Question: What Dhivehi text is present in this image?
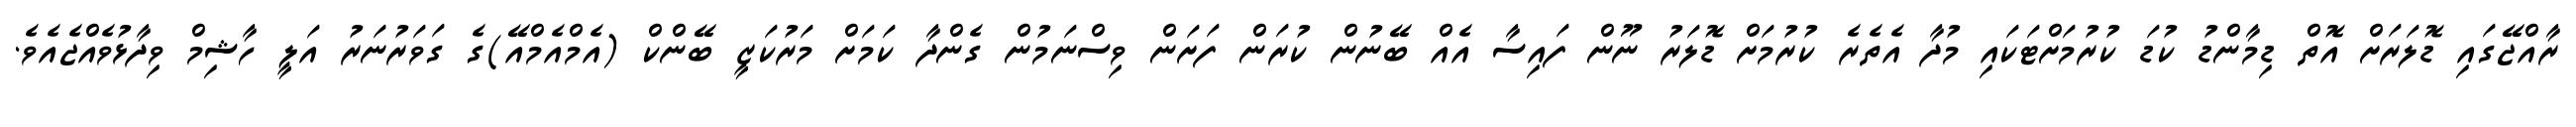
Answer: ރާއްޖޭގައި ޑޮލަރަށް އޮތް ޑިމާންޑު ކުޑަ ކުރުމަށްޓަކައި މުދާ އެތެރެ ކުރުމަށް ޑޮލަރު ނޫން ފައިސާ އެއް ބޭނުން ކުރަން ފަށަން ވިސްނަމުން ގެންދާ ކަމަށް މަރުކަޒީ ބޭންކް (އެމްއެމްއޭ)ގެ ގަވަރުނަރު އަލީ ހާޝިމް ވިދާޅުވެއްޖެއެވެ.